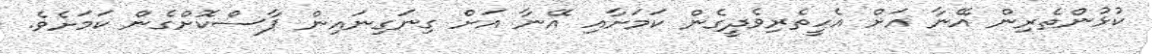
ކުޅުންތެރިން އޭނާ އަށް އެހީތެރިވެދީގެން ކަމަށާއި އޭނާ އަށް ގިނަގިނައިން ޕާސްކޮށްގެން ކަމަށެވެ.